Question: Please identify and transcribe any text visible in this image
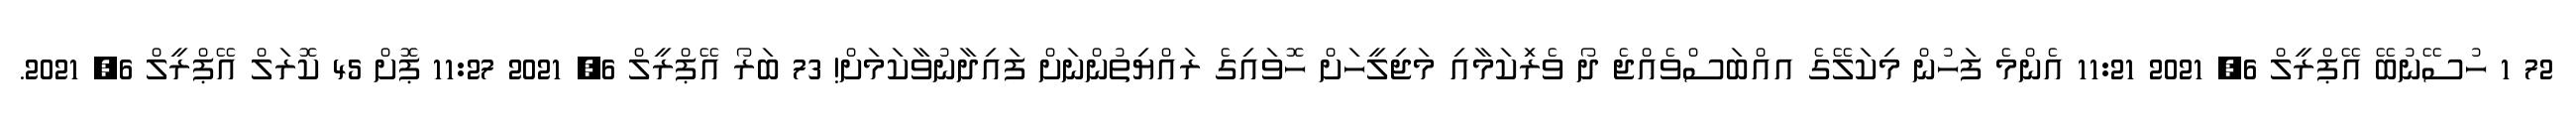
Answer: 72 1 ހުސޭނުބޭ އޭޕްރީލް 6, 2021 11:21 އެންމެ ފަހުން މިކަލޭގެ އއްބަސްވެއްޖެ ދޯ ވެރިަކަމާއި މަޖިލީހަށް ހޮވައިގެ ރައްޔިތުންނަށް ފައިދާނުވާކަމަށް! 73 ބަރޯ އޭޕްރީލް 6, 2021 11:27 ޕޮށް 45 ކޮރަލް އޭޕްރީލް 6, 2021.